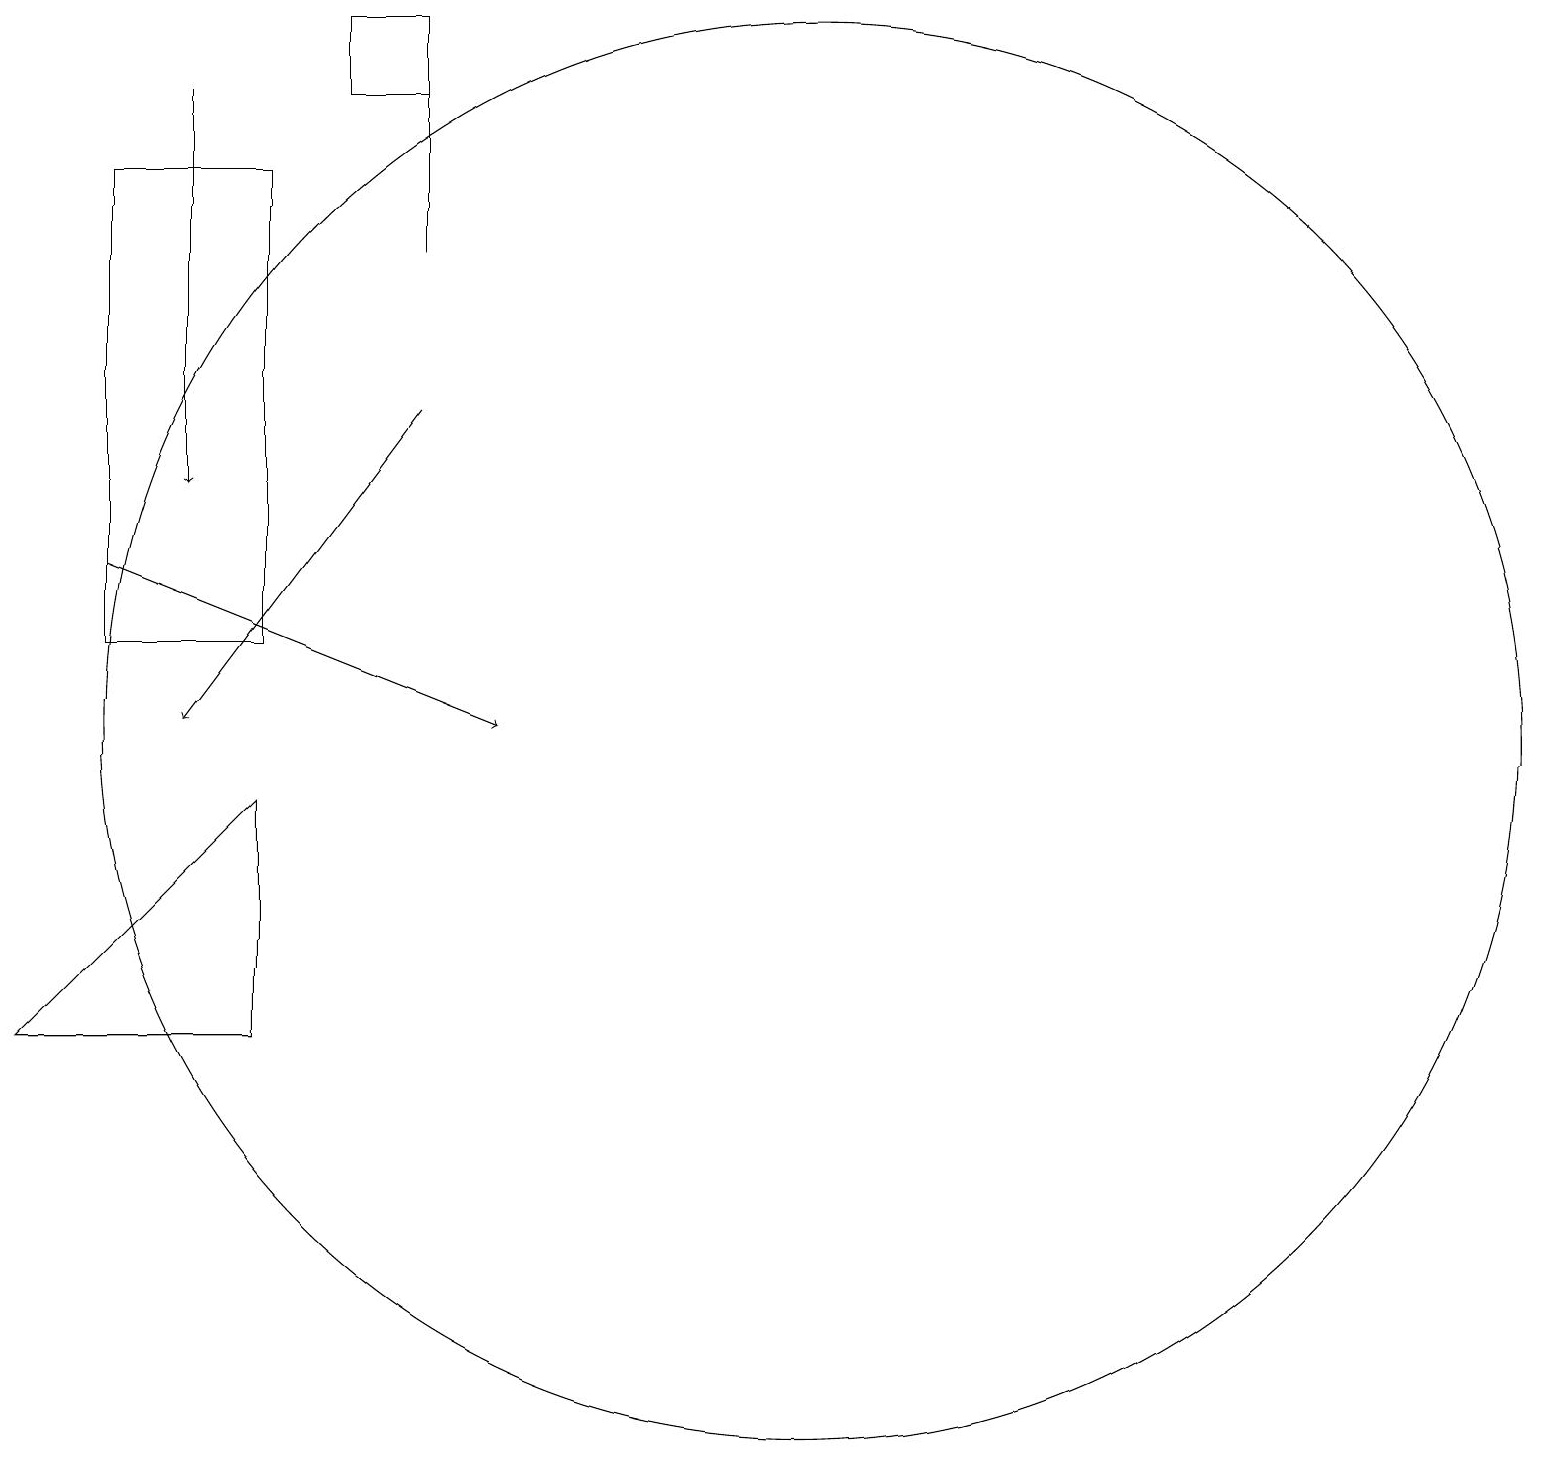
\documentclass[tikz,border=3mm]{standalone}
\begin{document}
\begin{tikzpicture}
\draw (6,19) rectangle (5,18);
\draw[->] (3,18) -- (3,13);
\draw[->] (2,12) -- (7,10);
\draw[->] (6,14) -- (3,10);
\draw (6,16) rectangle (6,18);
\draw (2,11) rectangle (4,17);
\draw (1,6) -- (4,6) -- (4,9) -- cycle;
\draw (11,10) circle (9);
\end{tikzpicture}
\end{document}